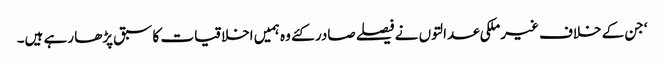
‘جن کے خلاف غیرملکی عدالتوں نے فیصلے صادر کئے وہ ہمیں اخلاقیات کا سبق پڑھا رہے ہیں۔